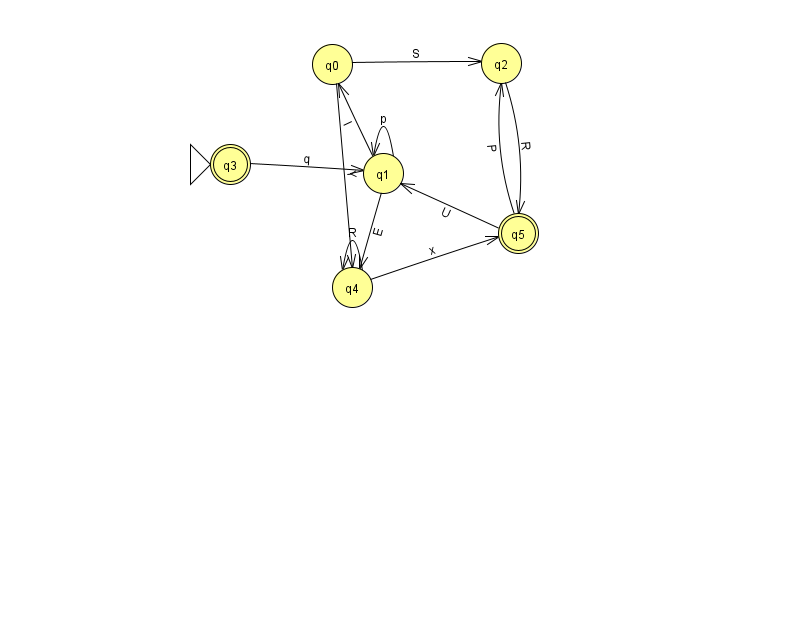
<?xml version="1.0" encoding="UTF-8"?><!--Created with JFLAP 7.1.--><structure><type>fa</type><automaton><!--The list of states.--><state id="0" name="q0"><x>332.0</x><y>51.0</y></state><state id="1" name="q1"><x>383.0</x><y>160.0</y></state><state id="2" name="q2"><x>501.0</x><y>50.0</y></state><state id="3" name="q3"><x>230.0</x><y>151.0</y><initial/><final/></state><state id="4" name="q4"><x>352.0</x><y>274.0</y></state><state id="5" name="q5"><x>518.0</x><y>220.0</y><final/></state><!--The list of transitions.--><transition><from>1</from><to>1</to><read>p</read></transition><transition><from>5</from><to>2</to><read>P</read></transition><transition><from>4</from><to>5</to><read>x</read></transition><transition><from>2</from><to>5</to><read>R</read></transition><transition><from>4</from><to>4</to><read>R</read></transition><transition><from>5</from><to>1</to><read>U</read></transition><transition><from>1</from><to>0</to><read>I</read></transition><transition><from>3</from><to>1</to><read>q</read></transition><transition><from>0</from><to>2</to><read>S</read></transition><transition><from>1</from><to>4</to><read>E</read></transition><transition><from>0</from><to>4</to><read>Y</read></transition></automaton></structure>